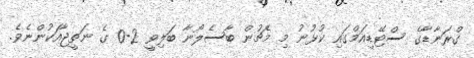
ގްރަނާޑާގެ ސްޓޭޑިއަމްގައި ކުޅުނު މި މެޗުން ބާސެލޯނާ ބަލިވީ 2-0 ގެ ނަތީޖާއަކުންނެވެ.